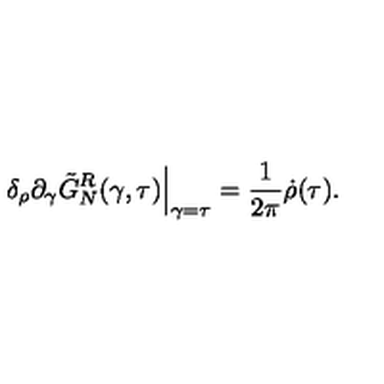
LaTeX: { \delta _ { \rho } } { \partial _ { \gamma } } { \tilde { G } _ { N } ^ { R } } ( \gamma , \tau ) { \Big | _ { \mathrm { \scriptsize \gamma = \tau } } } = { \frac { 1 } { 2 \pi } } \dot { \rho } ( \tau ) .